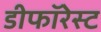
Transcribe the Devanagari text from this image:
डीफॉरेस्ट